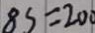
8 S = 2 0 0